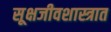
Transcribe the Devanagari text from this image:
सूक्षजीवशास्त्रात